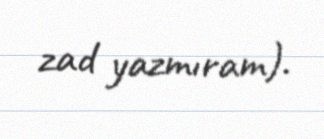
zad yazmıram).